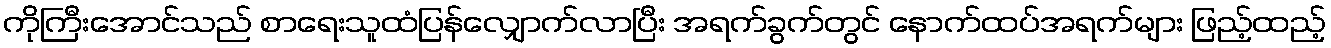
ကိုကြီးအောင်သည် စာရေးသူထံပြန်လျှောက်လာပြီး အရက်ခွက်တွင် နောက်ထပ်အရက်များ ဖြည့်ထည့်